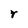
Character: r